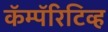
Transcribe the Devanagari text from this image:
कॅम्पॅरिटिव्ह